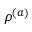
\rho ^ { ( a ) }